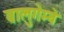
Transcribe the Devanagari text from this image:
वालुगेम्बे